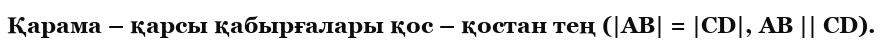
Қарама – қарсы қабырғалары қос – қостан тең (|AB| = |CD|, AB || CD).